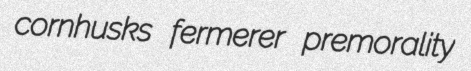
cornhusks fermerer premorality